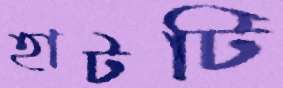
হাটটি